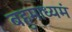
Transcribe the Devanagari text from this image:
बहुमाध्‍यमं